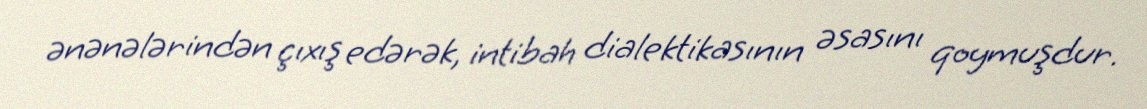
ənənələrindən çıxış edərək, intibah dialektikasının əsasını qoymuşdur.